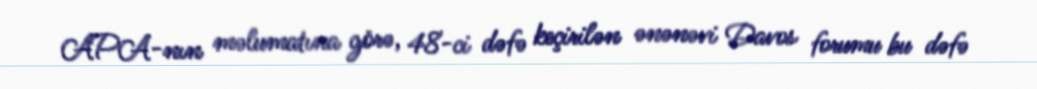
APA-nın məlumatına görə, 48-ci dəfə keçirilən ənənəvi Davos forumu bu dəfə